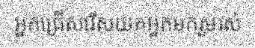
អ្នកជ្រើសរើសយកអ្នកមករួមរស់